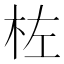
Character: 𪱺